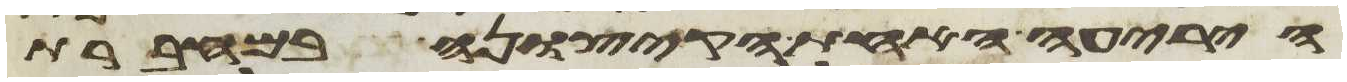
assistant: היריעה האחת הקצונה במחברת